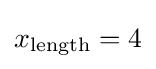
x_{\text{length}}=4